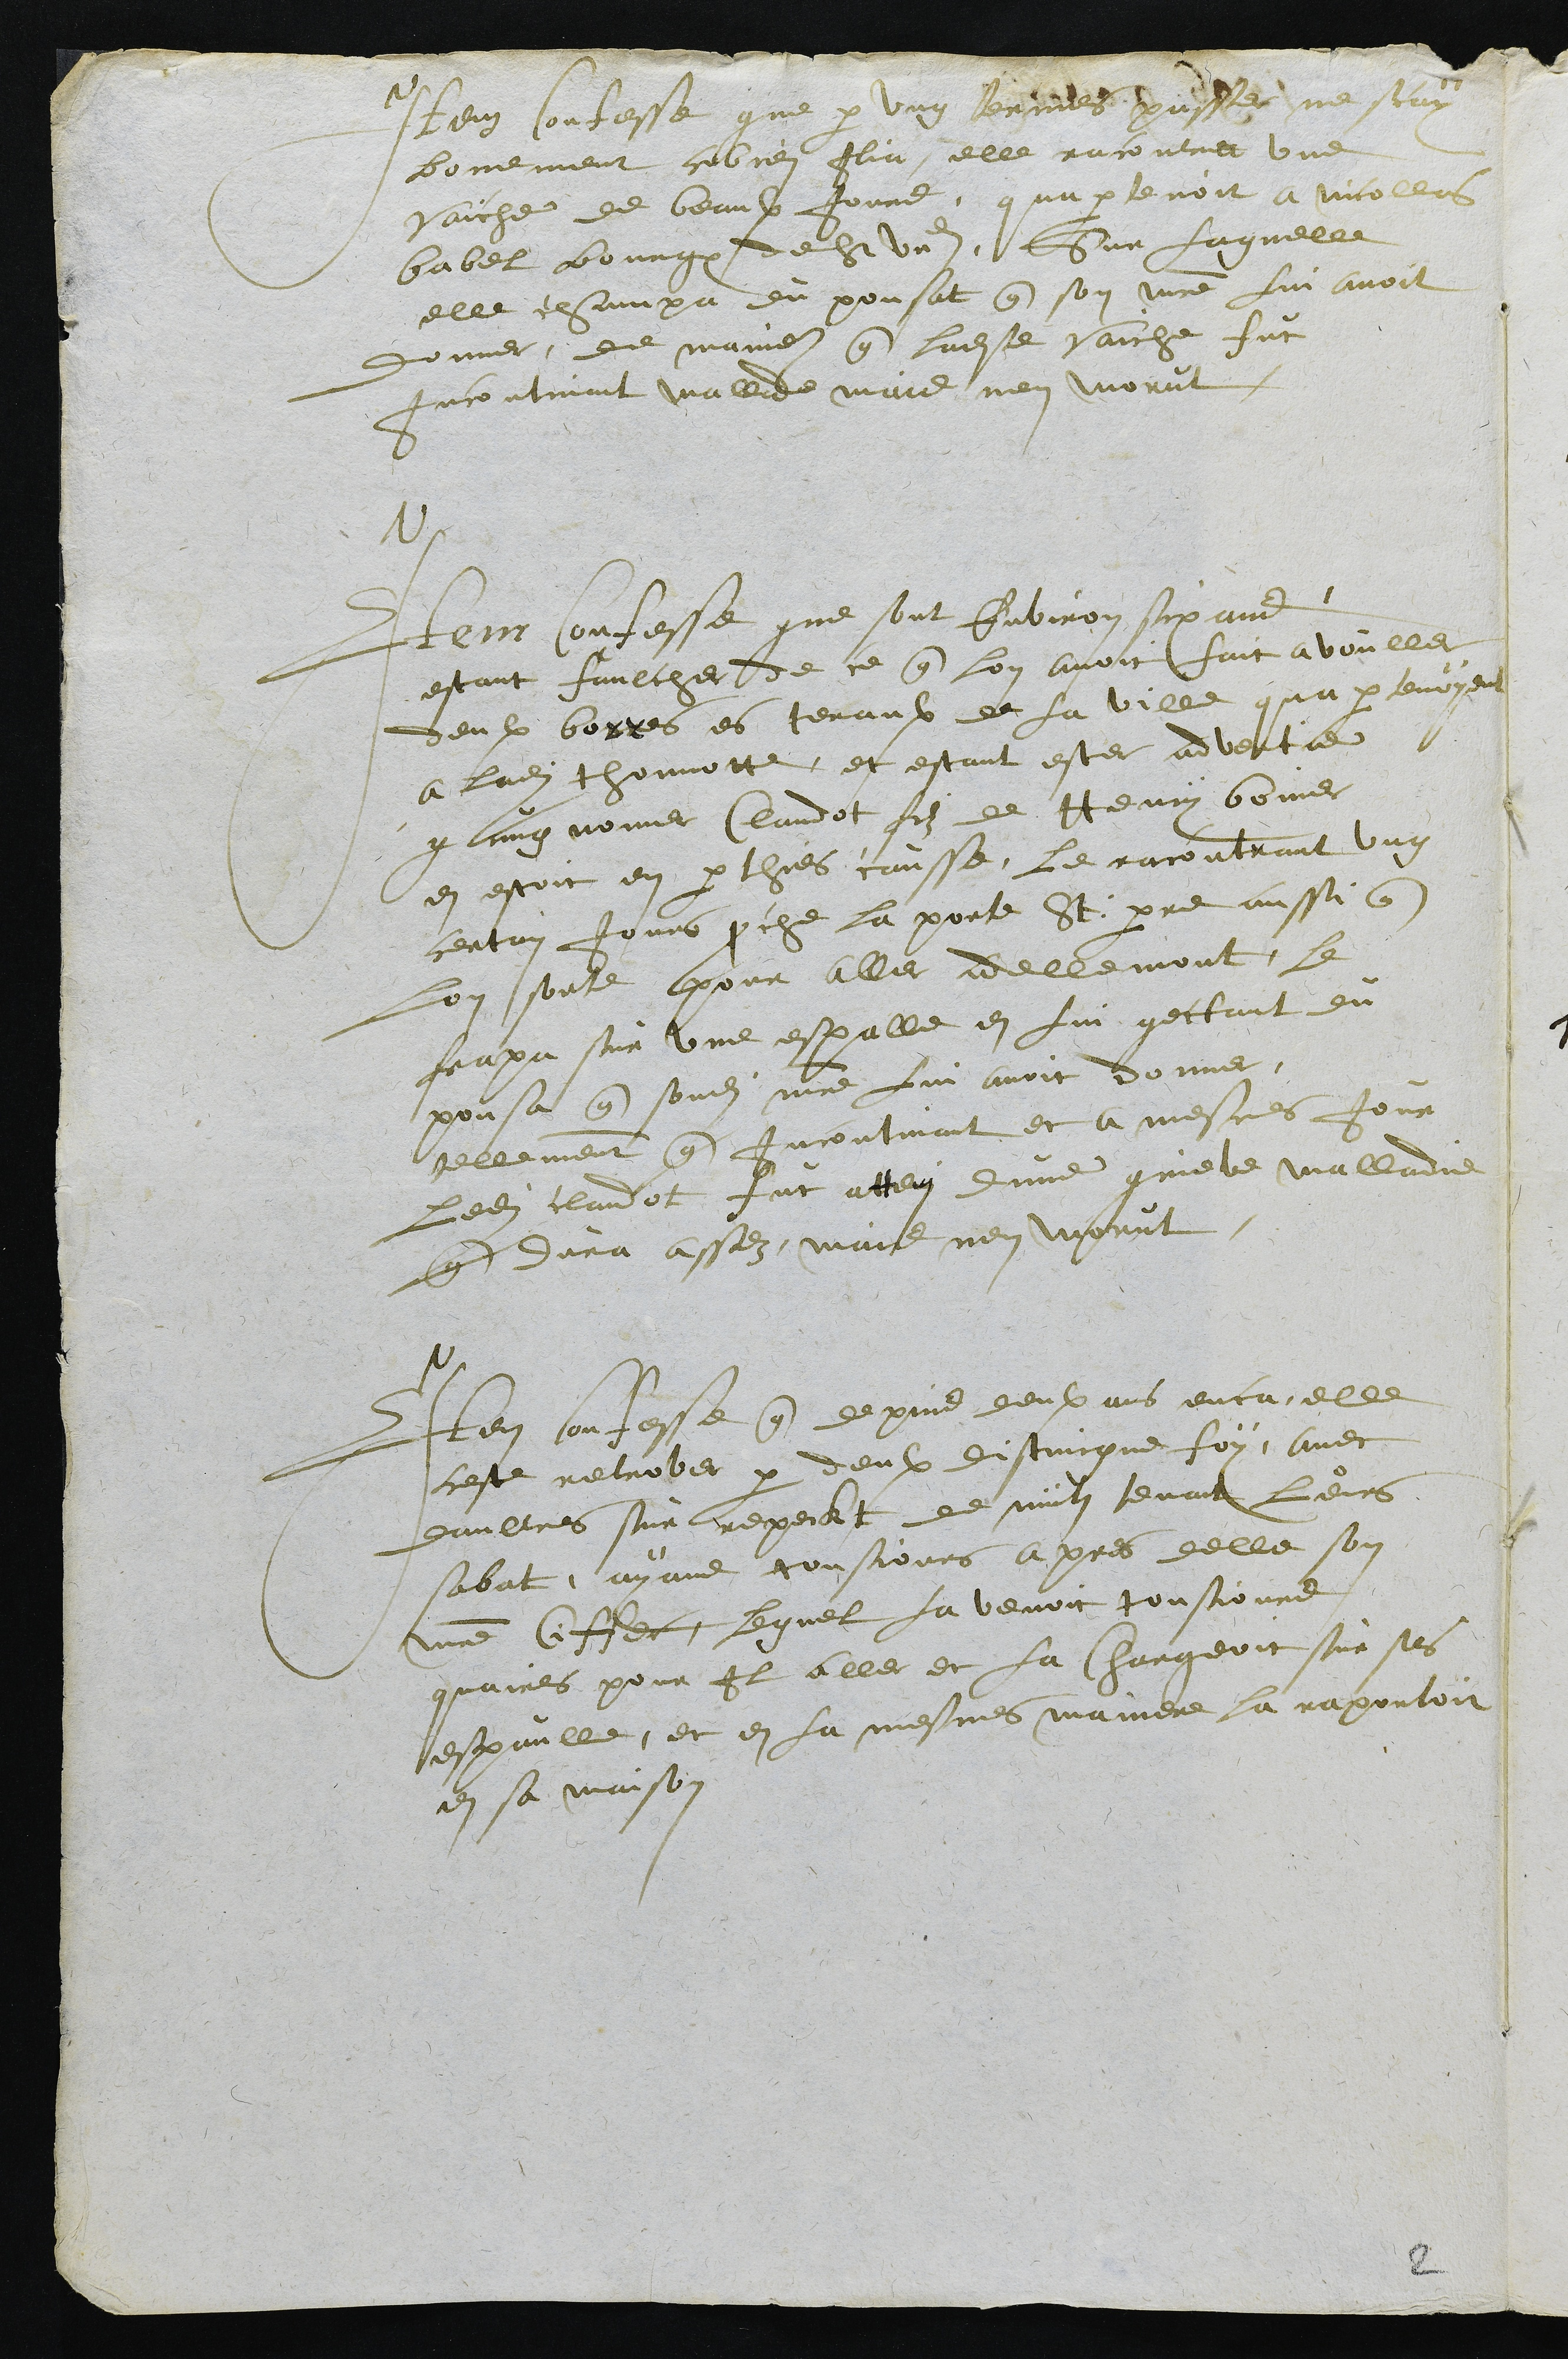
Item confesse que par ung termes passe ne scay
bonement cobien Ilia, elle racontra une
vaiche de beaulx jours, quapartenoit a Nicollas
Babel bourgeois de St Ursanne, Sur laquelle
elle champa du poussat que son maitre lui avoit
donner, de maniere que ladite vaiche fut
Incontinant malade mais nen morut
Item confesse que sont environ six ans
estant faulcher de ce que lon avoit fait avouller
deulx borres es tenaulx de la ville qua partenoyent
a ladite thonnotte, et estant ester advertie
que ung nomer Claudot filz de Henry boiner
en estoit en parthies causse, le racontrant ung
certain jours proche la porte St: pierre aussi que
Lon sorte pour aller adellemont, le
frapa sur une espalle en lui gettant du
pousa que sondit maitre lui avoit donner,
tellement que incontinant et a mesmes jour
ledit Claudot fut attein dune grieve malladie
que dura assez, mais nen morut.
Item confesse que depuis deulx ans enca, elle
ceste retrover par deulx distincque foy, avec
daultres sur repeikt de nuitz tenant leurs
sabat, ayant tousjours apres delle son
maistre Ciffer, lequel la venoit tousjours
quaires pour Il aller et la chargeoit sur ses
espaulle, et en la mesmes maniere la raportoit
en sa maison

2